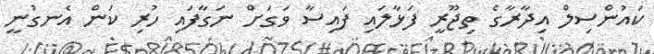
ކައުންސިލް އިދާރާގެ ތިޖޫރީ ފަޅާލައި ފައިސާ ވަގަށް ނަގާފައި ހުރި ކަން އެނގުނީ